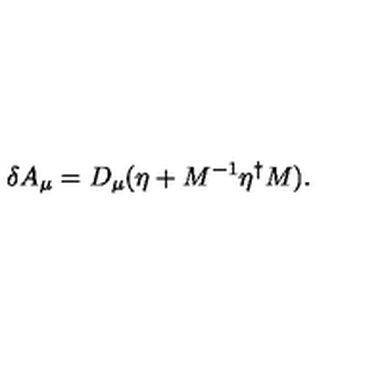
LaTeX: \delta A _ { \mu } = D _ { \mu } ( \eta + M ^ { - 1 } \eta ^ { \dagger } M ) .